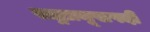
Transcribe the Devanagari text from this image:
राष्ट्रप्रमूखपदी